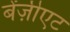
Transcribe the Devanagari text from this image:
बेंज़ीएट